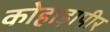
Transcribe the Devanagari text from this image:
कोहाड़ापीर